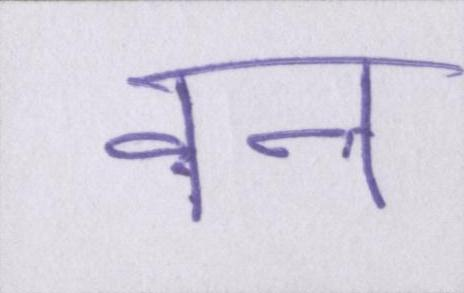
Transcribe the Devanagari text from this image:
वन